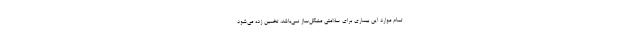
تمام موارد این بیماری برای سلامتی مشکل‌ساز نمی‌باشد، تخمین زده می‌شود